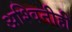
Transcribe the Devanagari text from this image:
अश्विनीही